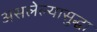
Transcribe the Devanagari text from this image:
असलेल्यासुद्धा